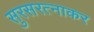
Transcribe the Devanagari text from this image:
सुरसरत्नाकर